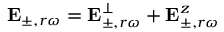
\mathbf { E } _ { \pm , r \omega } = \mathbf { E } _ { \pm , r \omega } ^ { \perp } + \mathbf { E } _ { \pm , r \omega } ^ { z }